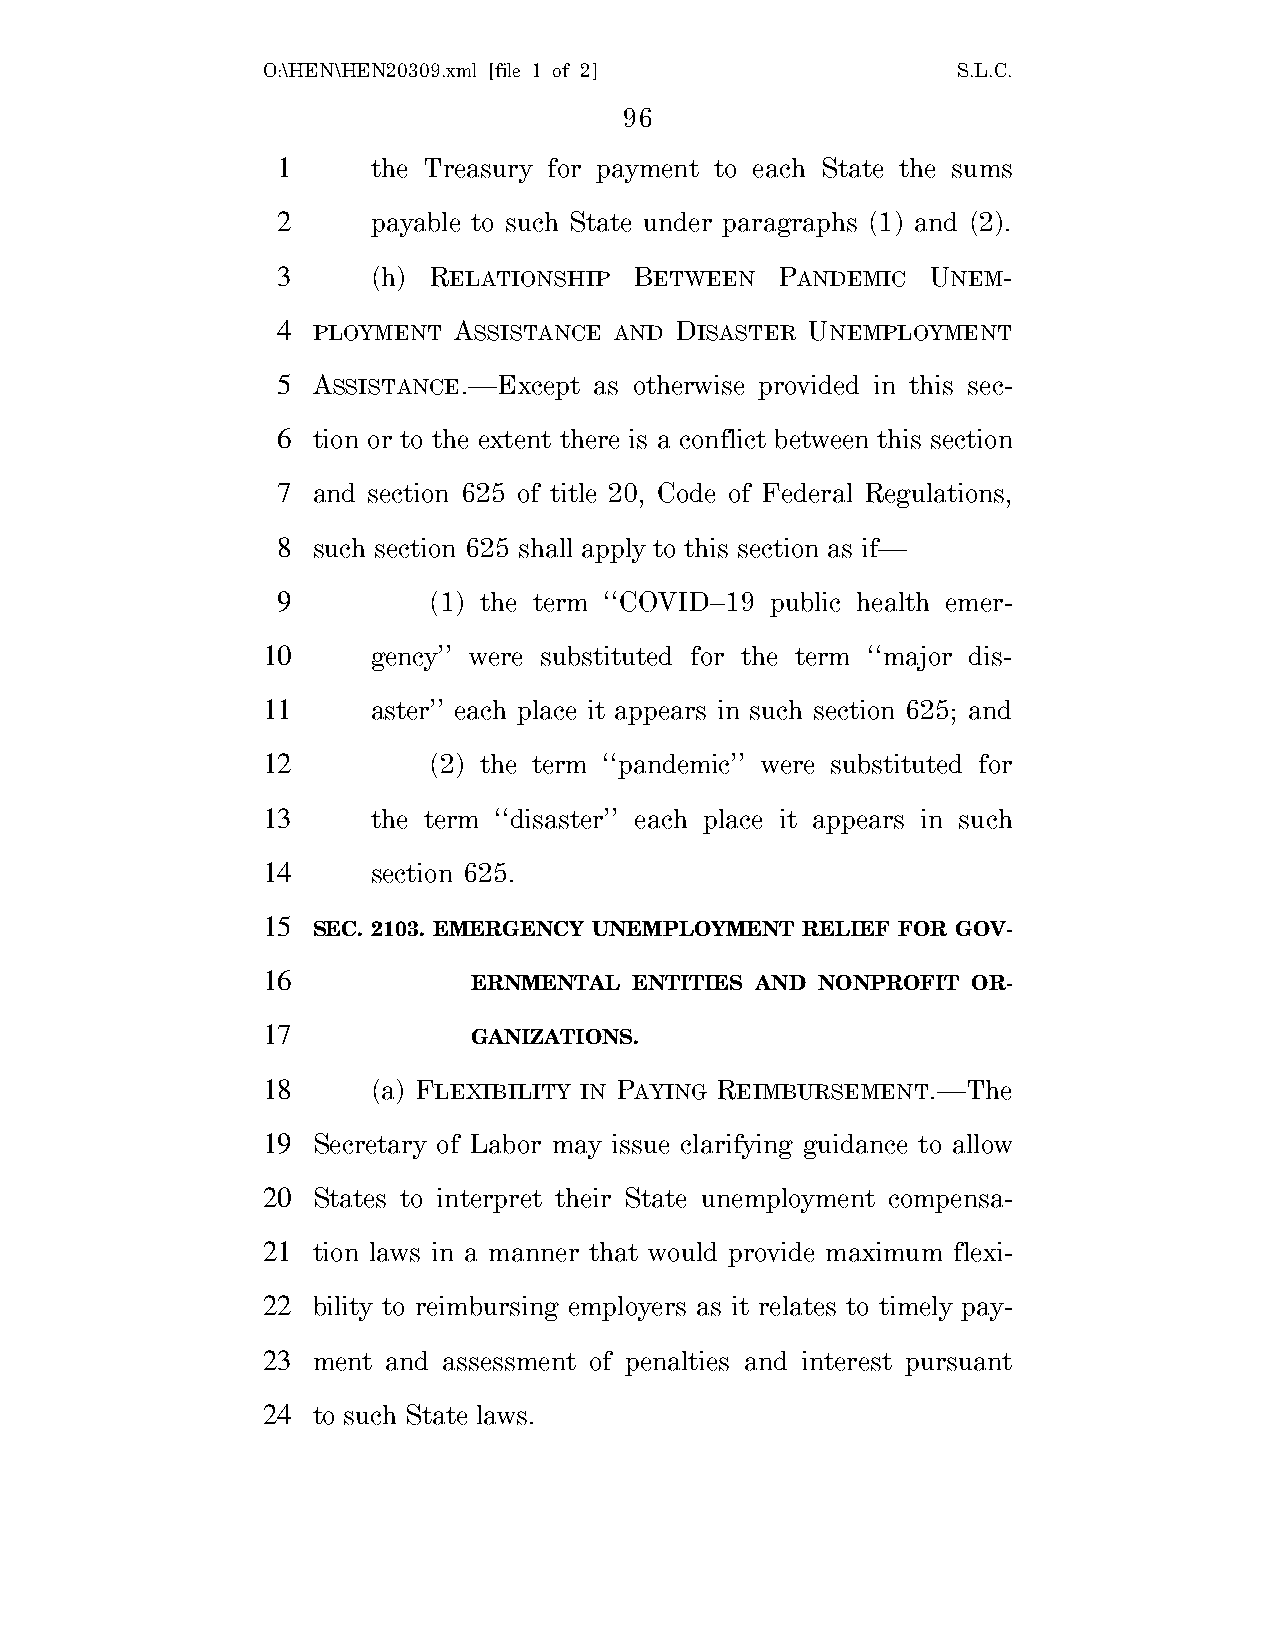
O:\HEN\HEN20309.xml [file 1 of 2]             S.L.C.
 96
 1      the Treasury for payment to each State the sums
 2      payable to such State under paragraphs (1) and (2).
 3      (h) RELATIONSHIP BETWEEN  PANDEMIC  UNEM-
 4  PLOYMENT ASSISTANCE AND DISASTER UNEMPLOYMENT
 5  ASSISTANCE.—Except as otherwise provided in this sec-
 6  tion or to the extent there is a conflict between this section
 7  and section 625 of title 20, Code of Federal Regulations,
 8  such section 625 shall apply to this section as if—
 9         (1) the term ‘‘COVID–19 public health emer-
 10      gency’’ were substituted for the term ‘‘major dis-
 11      aster’’ each place it appears in such section 625; and
 12         (2) the term ‘‘pandemic’’ were substituted for
 13      the term ‘‘disaster’’ each place it appears in such
 14      section 625.
 15
 SEC. 2103. EMERGENCY UNEMPLOYMENT RELIEF FOR GOV-
 16
 ERNMENTAL  ENTITIES AND NONPROFIT OR-
 17
 GANIZATIONS.
 18      (a) FLEXIBILITY IN PAYING REIMBURSEMENT.—The
 19  Secretary of Labor may issue clarifying guidance to allow
 20  States to interpret their State unemployment compensa-
 21  tion laws in a manner that would provide maximum flexi-
 22  bility to reimbursing employers as it relates to timely pay-
 23  ment and assessment of penalties and interest pursuant
 24  to such State laws.